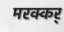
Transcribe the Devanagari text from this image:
मरक्कर्